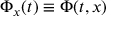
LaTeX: \Phi _ { x } ( t ) \equiv \Phi ( t , x )